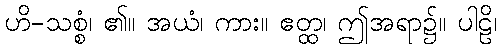
ဟိ-သစ္စံ၊ ၏။ အယံ၊ ကား။ ဧတ္ထ၊ ဤအရာ၌။ ပါဠိ၊